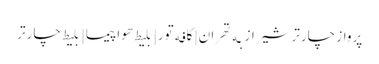
پرواز چارتر شیراز به تهران | کافه تور| بلیط هواپیما | بلیط چارتر